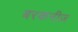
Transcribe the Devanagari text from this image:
बरकनीज़